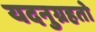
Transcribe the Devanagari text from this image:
यदनुग्रहतो